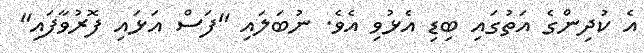
އެ ކުދިންގެ އަތުގައި ބިޑި އެޅުވި އެވެ. ނުބަލައި "ފަސް އަޅައި ފޮރުވާފައި"